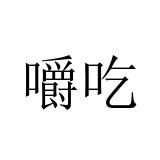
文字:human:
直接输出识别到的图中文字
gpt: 嚼吃